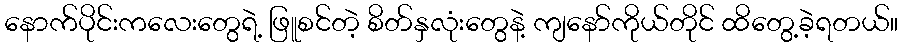
နောက်ပိုင်းကလေးတွေရဲ့ ဖြူစင်တဲ့ စိတ်နှလုံးတွေနဲ့ ကျနော်ကိုယ်တိုင် ထိတွေ့ခဲ့ရတယ်။